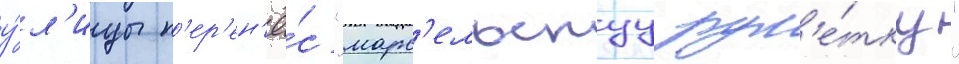
у́л'ицы п'ер'ен'ё́с "марс'ельскуу рул'е́тку"